Annual administration report of the Civil Veterinary Department of India - 1899-1900
Year: 1899
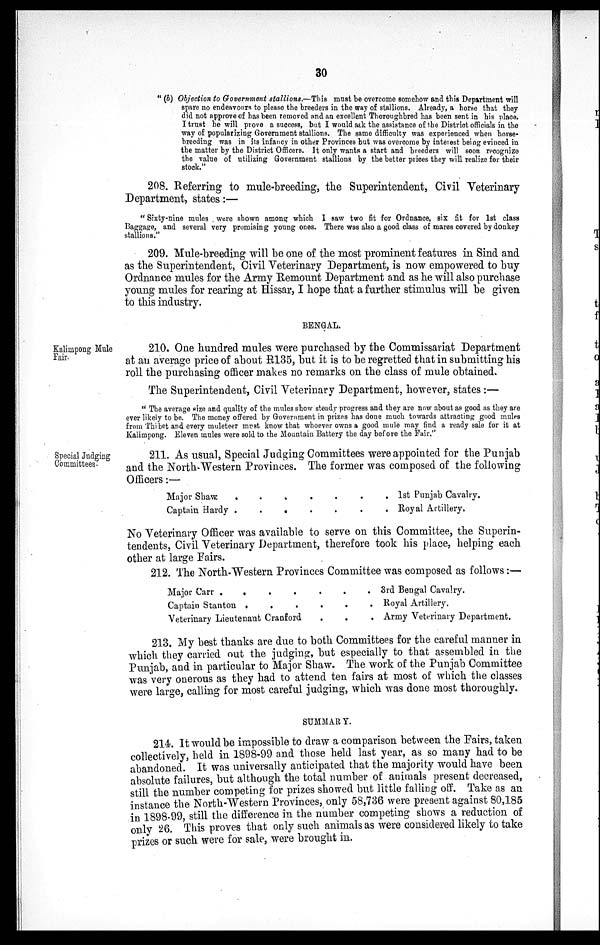
30
"(b) Objection to Government stallions.—This must be overcome somehow and this Department will
spare no endeavours to please the breeders in the way of stallions. Already, a horse that they
did not approve of has been removed and an excellent Thoroughbred has been sent in his place.
I trust he will prove a success, but I would ask the assistance of the District officials in the
way of popularizing Government stallions. The same difficulty was experienced when horse-
breeding was in its infancy in other Provinces but was overcome by interest being evinced in
the matter by the District Officers. It only wants a start and breeders will soon recognize
the value of utilizing Government stallions by the better prices they will realize for their
stock.''
208. Referring to mule-breeding, the Superintendent, Civil Veterinary
Department, states:—
"Sixty-nine mules were shown among which I saw two fit for Ordnance, six fit for 1st class
Baggage, and several very promising young ones. There was also a good class of mares covered by donkey
stallions."
209. Mule-breeding will be one of the most prominent features in Sind and
as the Superintendent, Civil Veterinary Department, is now empowered to buy
Ordnance mules for the Army Remount Department and as he will also purchase
young mules for rearing at Hissar, I hope that a further stimulus will be given
to this industry.
BENGAL.
Kalimpong Mule
Fair.
210. One hundred mules were purchased by the Commissariat Department
at an average price of about R135, but it is to be regretted that in submitting his
roll the purchasing officer makes no remarks on the class of mule obtained.
The Superintendent, Civil Veterinary Department, however, states:—
"The average size and quality of the mules show steady progress and they are now about as good as they are
ever likely to be. The money offered by Government in prizes has done much towards attracting good mules
from Thibet and every muleteer must know that whoever owns a good mule may find a ready sale for it at
Kalimpong. Eleven mules were sold to the Mountain Battery the day before the Fair."
Special Judging
Committees.
211. As usual, Special Judging Committees were appointed for the Punjab
and the North-Western Provinces. The former was composed of the following
Officers:—
Major Shaw.
.
.
.
.
.
.
.
Captain Hardy .
.
.
.
.
.
.
1st Punjab Cavalry.
Royal Artillery,
No Veterinary Officer was available to serve on this Committee, the Superin-
tendents, Civil Veterinary Department, therefore took his place, helping each
other at large Fairs.
212. The North-Western Provinces Committee was composed as follows:—
Major Carr . . . . . . .
Captain Stanton .
.
.
.
.
.
Veterinary Lieutenant Cranford . . . . . . .
3rd Bengal Cavalry.
Royal Artillery.
Army Veterinary Department.
213. My best thanks are due to both Committees for the careful manner in
which they carried out the judging, but especially to that assembled in the
Punjab, and in particular to Major Shaw. The work of the Punjab Committee
was very onerous as they had to attend ten fairs at most of which the classes
were large, calling for most careful judging, which was done most thoroughly.
SUMMARY.
214. It would be impossible to draw a comparison between the Fairs, taken
collectively, held in 1898-99 and those held last year, as so many had to be
abandoned. It was universally anticipated that the majority would have been
absolute failures, but although the total number of animals present decreased,
still the number competing for prizes showed but little falling off. Take as an
instance the North-Western Provinces, only 58,736 were present against 80,185
in 1898-99, still the difference in the number competing shows a reduction of
only 26. This proves that only such animals as were considered likely to take
prizes or such were for sale, were brought in.